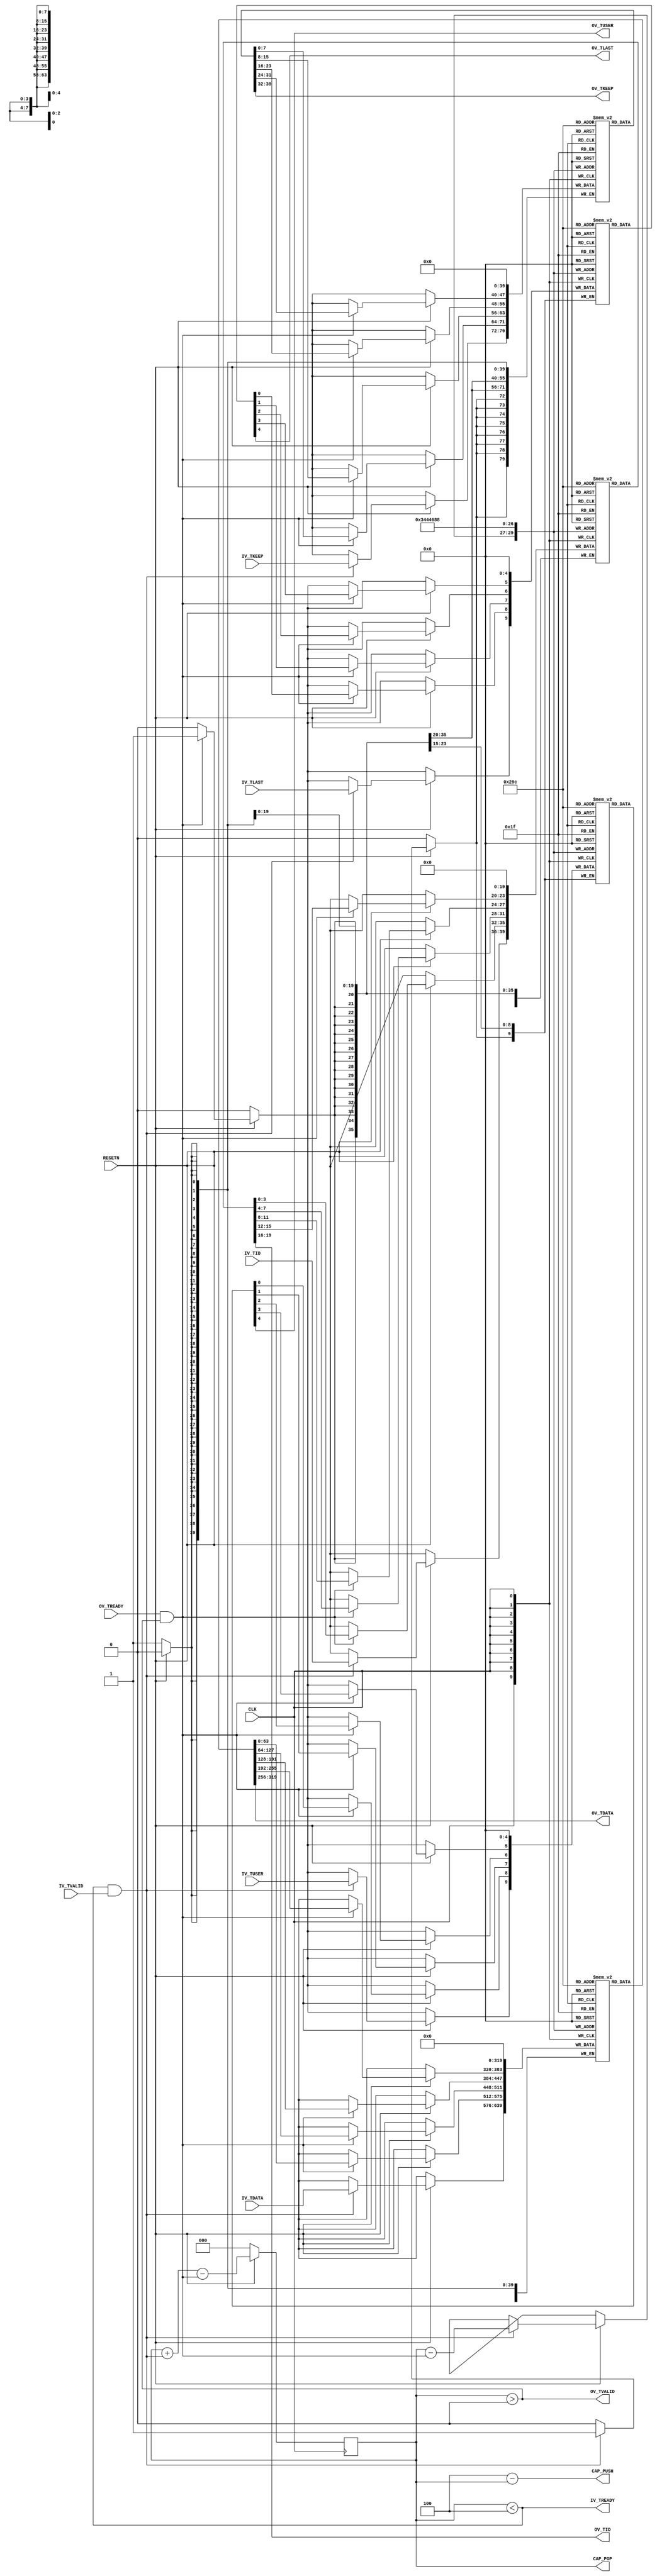

// Copyright (C) Akira Higuchi  ( https://github.com/ahiguti )
// Copyright (C) DeNA Co.,Ltd. ( https://dena.com )
// All rights reserved.
// See COPYRIGHT.txt for details

module axis_reg(
  CLK, RESETN,
  IV_TDATA, IV_TVALID, IV_TREADY, IV_TLAST, IV_TKEEP, IV_TUSER, IV_TID,
  OV_TDATA, OV_TVALID, OV_TREADY, OV_TLAST, OV_TKEEP, OV_TUSER, OV_TID,
  CAP_PUSH, CAP_POP);
parameter WIDTH_DATA = 64;
parameter WIDTH_LAST = 1;
parameter WIDTH_KEEP = 8;
parameter WIDTH_USER = 1;
parameter WIDTH_ID = 4;
parameter FIFO_SIZE = 5;
localparam FIFO_SIZE_L2 = $clog2(FIFO_SIZE);
input CLK;
input RESETN;
input [WIDTH_DATA-1:0] IV_TDATA;
input [WIDTH_LAST-1:0] IV_TLAST;
input [WIDTH_KEEP-1:0] IV_TKEEP;
input [WIDTH_USER-1:0] IV_TUSER;
input [WIDTH_ID-1:0] IV_TID;
input IV_TVALID;
output IV_TREADY;
output [WIDTH_DATA-1:0] OV_TDATA;
output [WIDTH_LAST-1:0] OV_TLAST;
output [WIDTH_KEEP-1:0] OV_TKEEP;
output [WIDTH_USER-1:0] OV_TUSER;
output [WIDTH_ID-1:0] OV_TID;
output OV_TVALID;
input OV_TREADY;
output [$clog2(FIFO_SIZE)-1:0] CAP_PUSH;
output [$clog2(FIFO_SIZE)-1:0] CAP_POP;

reg [WIDTH_DATA-1:0] arr_data[0:FIFO_SIZE-1];
reg [WIDTH_LAST-1:0] arr_last[0:FIFO_SIZE-1];
reg [WIDTH_KEEP-1:0] arr_keep[0:FIFO_SIZE-1];
reg [WIDTH_USER-1:0] arr_user[0:FIFO_SIZE-1];
reg [WIDTH_ID-1:0] arr_id[0:FIFO_SIZE-1];
reg [FIFO_SIZE_L2-1:0] widx;

wire IV_HS = (IV_TREADY && IV_TVALID);
wire OV_HS = (OV_TREADY && OV_TVALID);

assign IV_TREADY = widx < FIFO_SIZE - 1;
assign OV_TVALID = widx > 0;
assign OV_TDATA = arr_data[0];
assign OV_TLAST = arr_last[0];
assign OV_TKEEP = arr_keep[0];
assign OV_TUSER = arr_user[0];
assign OV_TID = arr_id[0];
assign CAP_PUSH = FIFO_SIZE - 1 - widx;
assign CAP_POP = widx;

integer i;
always @(posedge CLK) begin
  if (!RESETN) begin
    widx <= 0;
    for (i = 0; i < FIFO_SIZE; i = i + 1) begin
      arr_data[i] <= 0;
      arr_last[i] <= 0;
      arr_keep[i] <= 0;
      arr_user[i] <= 0;
      arr_id[i] <= 0;
    end
  end else begin
    if (OV_HS) begin
      for (i = 0; i < FIFO_SIZE - 1; i = i + 1) begin
        arr_data[i] <= arr_data[i + 1];
        arr_last[i] <= arr_last[i + 1];
        arr_keep[i] <= arr_keep[i + 1];
        arr_user[i] <= arr_user[i + 1];
        arr_id[i] <= arr_id[i + 1];
      end
    end
    if (IV_HS) begin
      arr_data[widx - OV_HS] <= IV_TDATA;
      arr_last[widx - OV_HS] <= IV_TLAST;
      arr_keep[widx - OV_HS] <= IV_TKEEP;
      arr_user[widx - OV_HS] <= IV_TUSER;
      arr_id[widx - OV_HS] <= IV_TID;
    end
    widx <= widx + IV_HS - OV_HS;
  end
end

endmodule